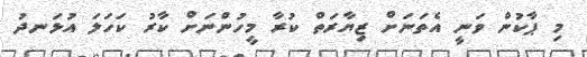
މި ޕާކުން ވަނީ އެތަނަށް ޒިޔާރަތް ކުރާ މީހުންނަށް ކާރު ކަހަލަ އުޅަނދު